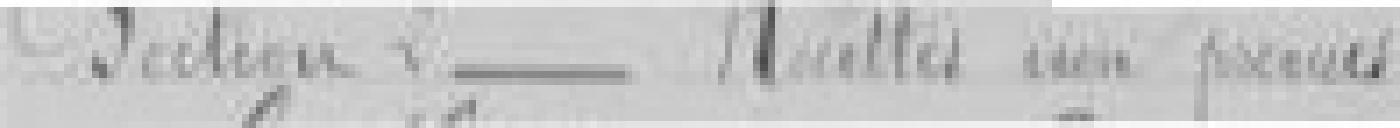
Section 2   - Recettes non prévues